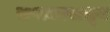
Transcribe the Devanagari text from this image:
सप्तकापासून